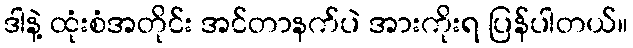
ဒါနဲ့ ထုံးစံအတိုင်း အင်တာနက်ပဲ အားကိုးရ ပြန်ပါတယ်။